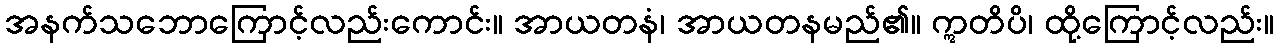
အနက်သဘောကြောင့်လည်းကောင်း။ အာယတနံ၊ အာယတနမည်၏။ ဣတိပိ၊ ထို့ကြောင့်လည်း။